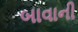
બાવાની